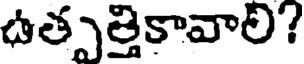
ఉత్పత్తికావాలి?